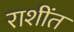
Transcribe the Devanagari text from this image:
राशींत